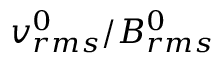
v _ { r m s } ^ { 0 } / B _ { r m s } ^ { 0 }